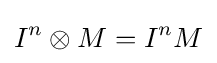
I^{n}\otimes M=I^{n}M